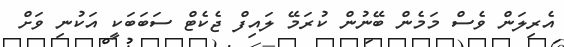
އެރިލަން ވެސް މަމެން ބޭނުން ކުރަމޭ ލައިފް ޖެކެޓް ސަބަބަކީ އަކުނި ވަށް